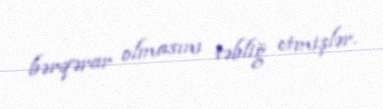
bərqərar olmasını təbliğ etmişlər.